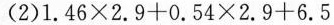
（2）1.46\times2.9+0.54\times2.9+6.5